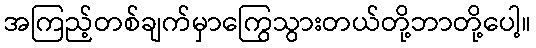
အကြည့်တစ်ချက်မှာကြွေသွားတယ်တို့ဘာတို့ပေါ့။